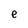
Character: e